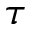
\tau